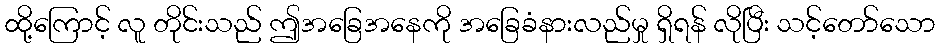
ထို့ကြောင့် လူ တိုင်းသည် ဤအခြေအနေကို အခြေခံနားလည်မှု ရှိရန် လိုပြီး သင့်တော်သော